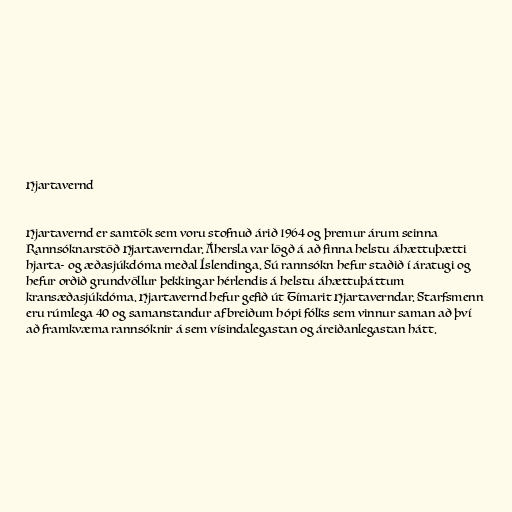
Hjartavernd

Hjartavernd er samtök sem voru stofnuð árið 1964 og þremur árum seinna
Rannsóknarstöð Hjartaverndar. Áhersla var lögð á að finna helstu áhættuþætti
hjarta- og æðasjúkdóma meðal Íslendinga. Sú rannsókn hefur staðið í áratugi og
hefur orðið grundvöllur þekkingar hérlendis á helstu áhættuþáttum
kransæðasjúkdóma. Hjartavernd hefur gefið út Tímarit Hjartaverndar. Starfsmenn
eru rúmlega 40 og samanstandur af breiðum hópi fólks sem vinnur saman að því
að framkvæma rannsóknir á sem vísindalegastan og áreiðanlegastan hátt.